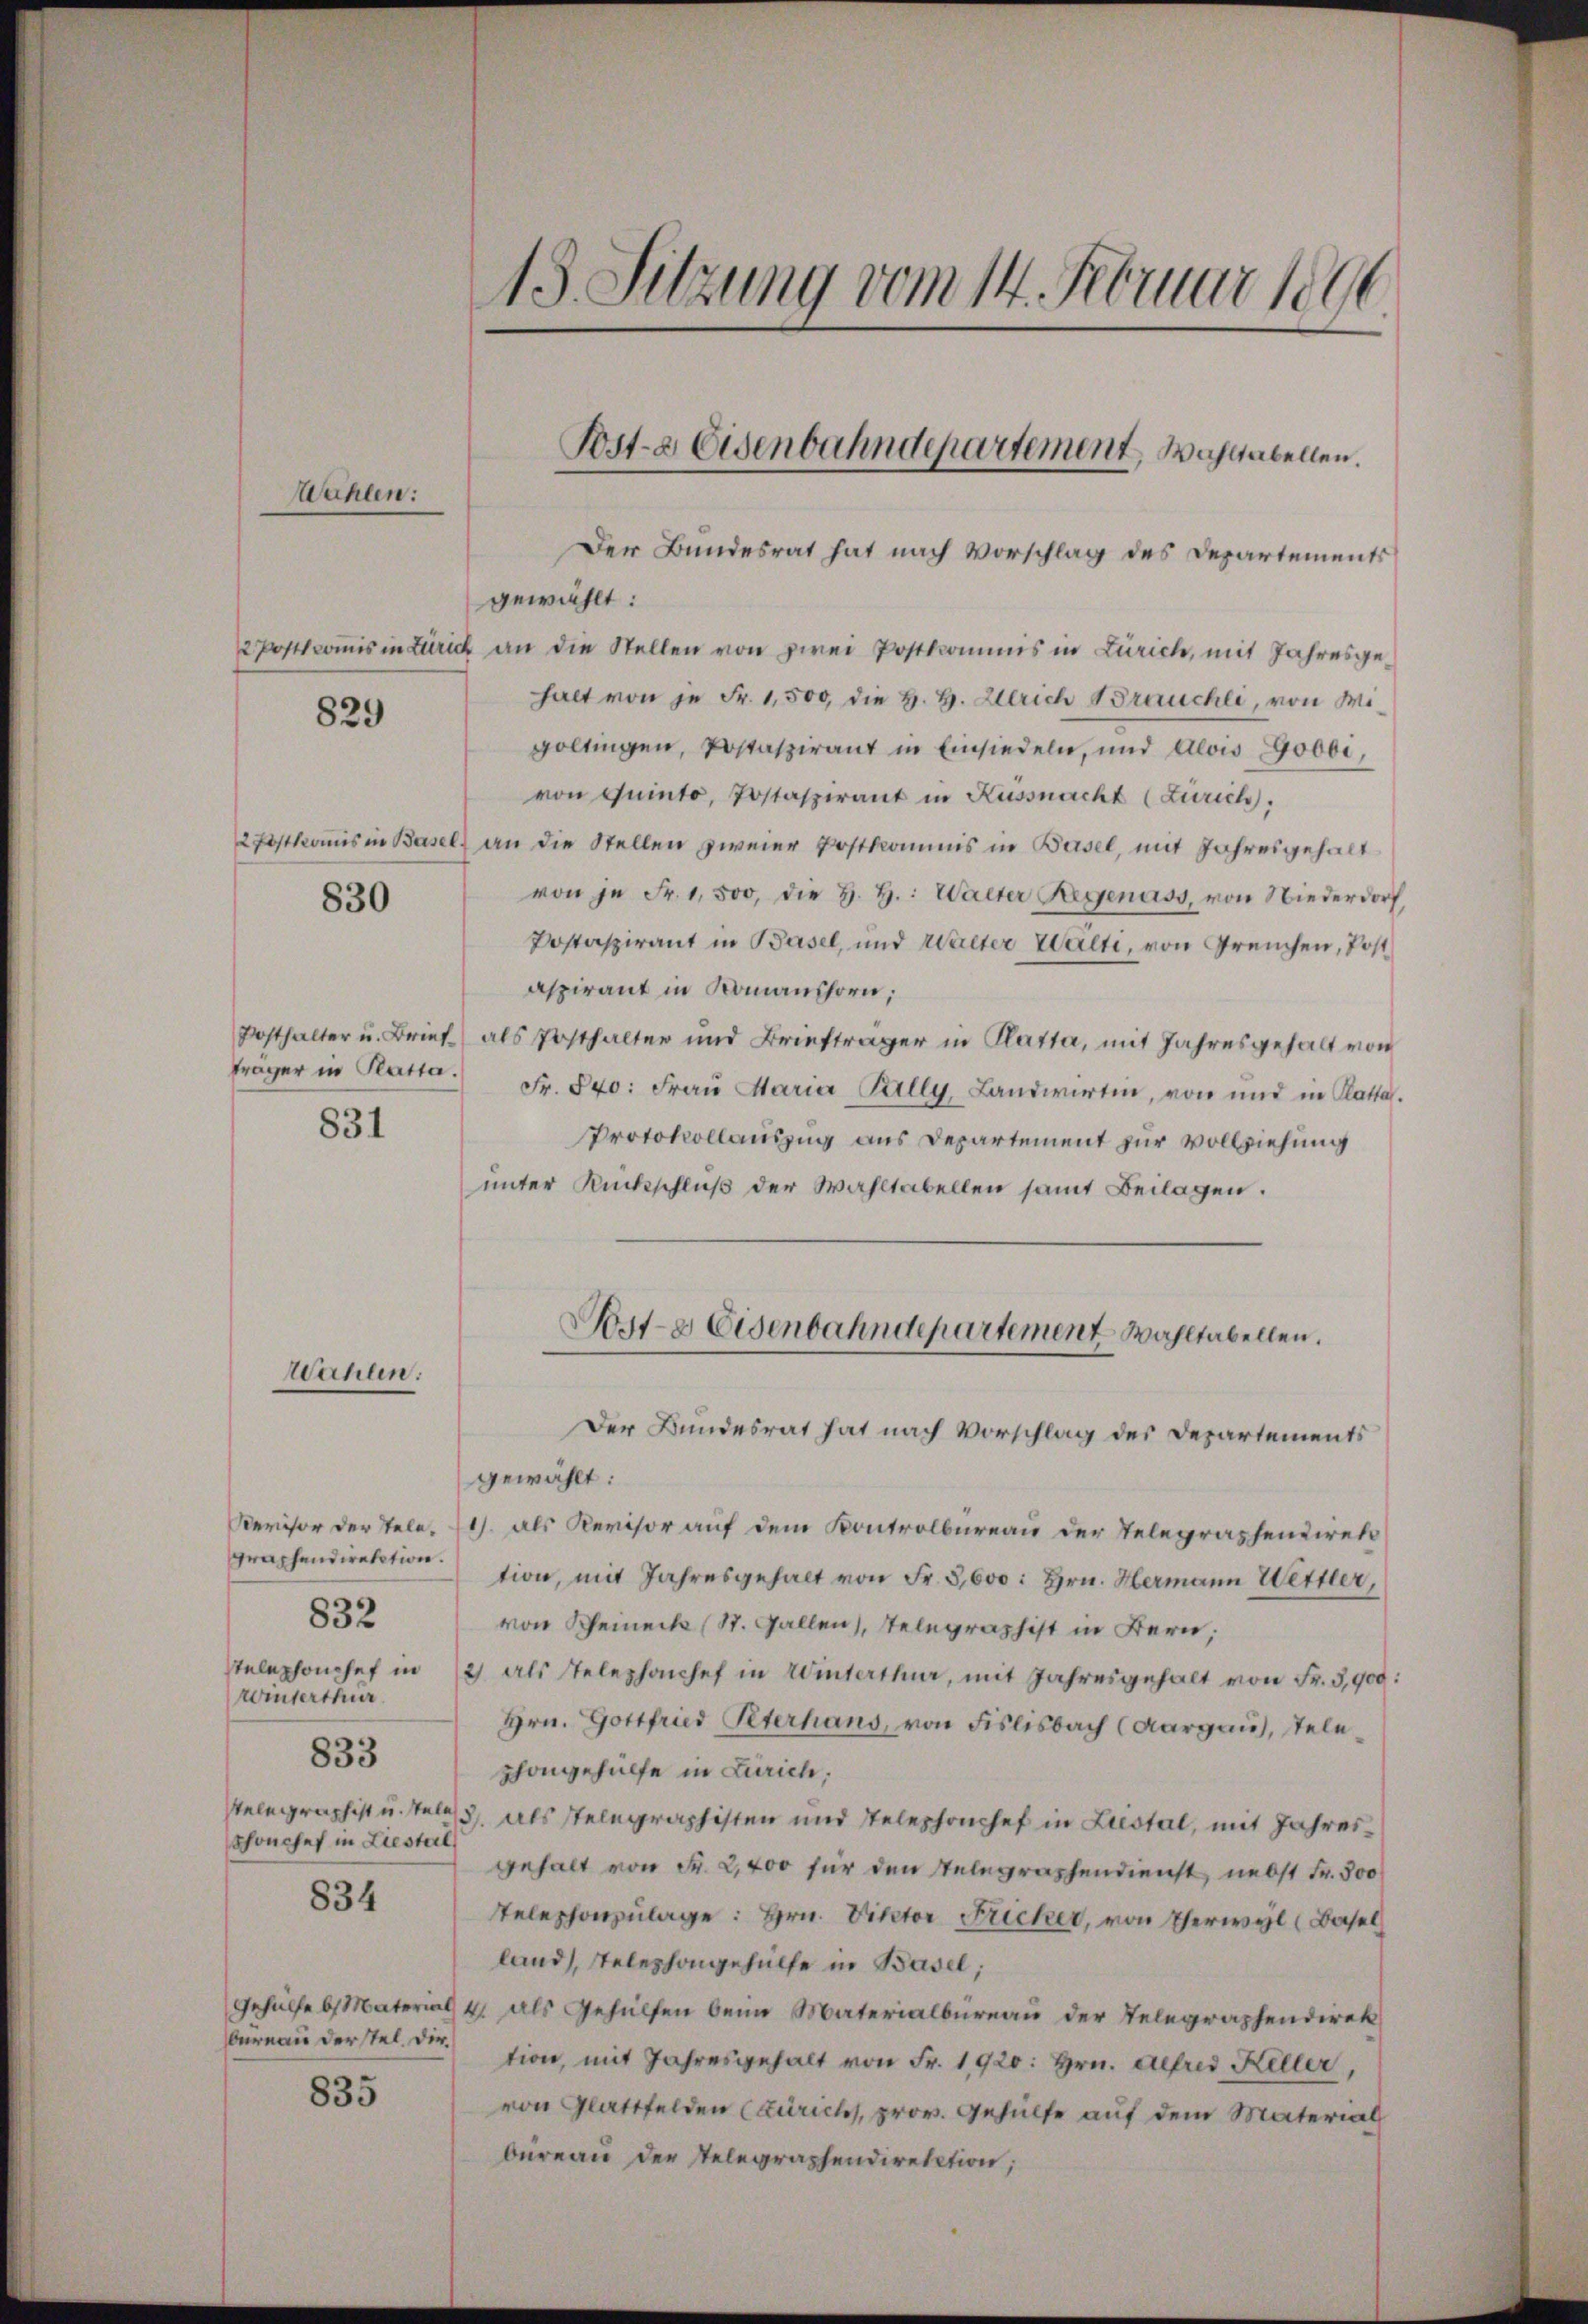
831

Mahlen:

829

830

Wahlen:

graphendirektion.
832
Telephonchef in
Winterthur.

833

Schönchef in Liestal

834

bureau der stel. Dir.

835

Der Bundesrat hat nach Vorschlag des Departements
gewählt:
2 Postcommis in Zürich an die Stellen von zwei Postkommis in Zürich, mit Jahresgehalt von je Fr. 1,500, die H. H. Ulrich Brauchli, von Wigoltingen, Postaspirant in Einsiedeln, und Alois Gobbi,
von Quinto, Postaspirant in Küssnacht (Zürich,
2 Festkomis in Basel an die Stellen zweier Postkommis in Basel, mit Jahresgehalt
von je Fr. 1,500, die H. H.: Walter Regenuss, von Niederdorf,
Postspirant in Basel, und Walter Welti, von Greuchen, Post
aspirant in Romanshorn,
Posthalter u. Brief) als Posthalter und Briefträger in Platta, mit Jahresgehalt von
träger in Platta. Fr. 540. Fraŭ Maria Pally, Landwirten, von und in Katta.
Protokollauszug aus Departement zur Vollziehung
unter Rückschluß der Wahltabellen samt Beilagen.

13. Sitzung vom 14. Februar 1896

Post- & Eisenbahndepartement, Waltabellen.

Post- & Eisenbahndepartement Wahltabellen.

Der Bundesrat hat nach Vorschlag des Departements
gewählt:
Revisor der Tele. 11. als Revisor auf dem Kontrolbureau der Telegraphendirek
tion, mit Jahresgehalt von Fr. 3,600: hrn. Hermann Wettler,
von Scheineck (St. Gallen, Telegraphist in Bern,
2) als Telephanchef in Winterthur, mit Jahresgehalt von Fr. 3,900:
Hrn. Gottfried Peterhaus, von Fislisbach (Aargau, Telephongehülfe in Zürich,
Relegraphist u. stele 3. Als stelegraphisten und Telephonshof in Liestal, mit Jahresgehalt von Fr. 2,400 für den Telegraphendienst nebst Fr. 300
Telephonzulage: Hrn. Viktor Fricker, von Therwyl (Basel
land), Telephongehülfe in Basel;
Gehülfe b. Material 4. als Gehülfen beim Materialbüreau der Telegraphendirek
tion, mit Jahresgehalt von Fr. 1920: Hrn. Alfred Keller,
von Glattfelden (Zürichs, prov. Gehülfe auf dem Material
büreau der Telegraphendirektion,